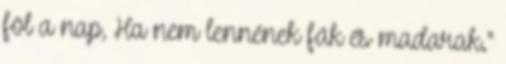
föl a nap, Ha nem lennének fák és madarak."